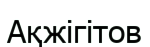
Ақжігітов